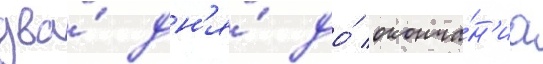
два́ дн'я́ до́ оконча́н'иа